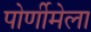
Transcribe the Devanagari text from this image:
पोर्णीमेला